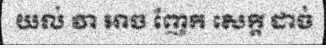
យល់ វា អាច ញែក សេក្តី ដាច់